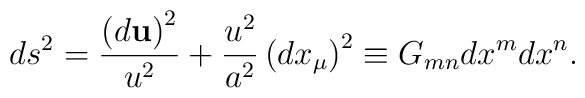
ds^{2}=\frac{\left( d{\bf u}\right) ^{2}}{u^{2}}+\frac{u^{2}}{a^{2}}\left(dx_{\mu }\right) ^{2}\equiv G_{mn}dx^{m}dx^{n}.